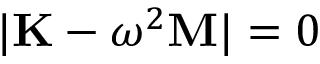
| \mathbf { K } - \omega ^ { 2 } \mathbf { M } | = 0